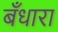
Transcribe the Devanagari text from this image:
बँधारा